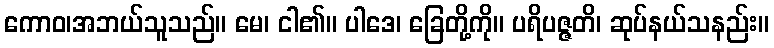
ကောဝ၊အဘယ်သူသည်။ မေ၊ ငါ၏။ ပါဒေ၊ ခြေတို့ကို။ ပရိပဇ္ဇတိ၊ ဆုပ်နယ်သနည်း။